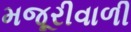
મજૂરીવાળી